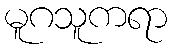
မူဂသူကရာ